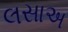
લસાઅ